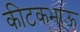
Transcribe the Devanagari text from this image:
कीटकभाऊ